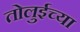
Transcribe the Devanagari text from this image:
तोलुईच्या